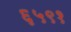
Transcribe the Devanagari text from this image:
६५९१